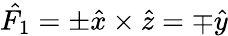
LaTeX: \hat{F_{1}}=\pm\hat{x}\times\hat{z}=\mp\hat{y}